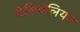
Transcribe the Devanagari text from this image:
मेकिवेलियन